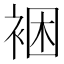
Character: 裍